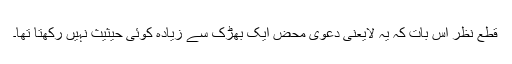
قطع نظر اس بات کہ یہ لایعنی دعویٰ محض ایک بھڑک سے زیادہ کوئی حیثیث نہیں رکھتا تھا۔